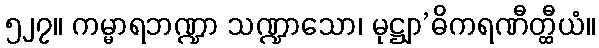
၅၂၇။ ကမ္မာရဘဏ္ဍာ သဏ္ဍာသော၊ မုဋ္ဌျာ’ဓိကရဏီတ္ထီယံ။